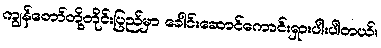
ကျွန်တော်တို့တိုင်းပြည်မှာ ခေါင်းဆောင်ကောင်းရှားပါးပါတယ်။